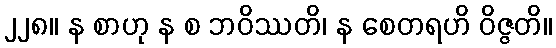
၂၂၈။ န စာဟု န စ ဘဝိဿတိ၊ န စေတရဟိ ဝိဇ္ဇတိ။